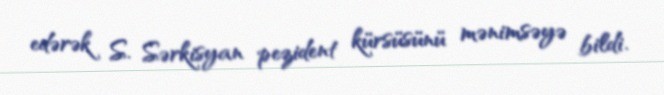
edərək S. Sərkisyan pezident kürsüsünü mənimsəyə bildi.